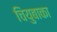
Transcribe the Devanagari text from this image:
चियुबाका